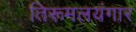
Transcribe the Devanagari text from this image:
तिरूमलयंगार